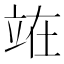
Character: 𫞼